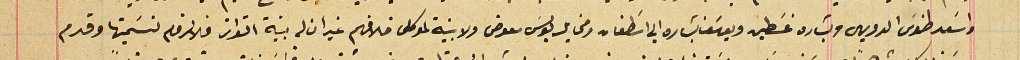
واسَعد طنوسَ الدويهى وبشاره غسَطين ويوسَف بشاره ابي اسَطفان ومخايل بولسَ معوض ولا بنية لموكلى خلافهم غير ان له بنية التواتر فلا لزوم تسَميتها وقدم